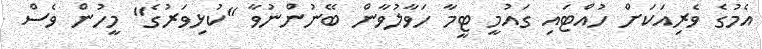
އެމުގެ ވެރިއަކަށް ހުއްޓައި ގައުމީ ޓީމާ ހަވާލުވާން ބޭނުންނުވާ "ކުޅިވަރުގެ" މީހުން ވެސް